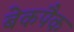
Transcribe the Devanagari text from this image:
बेकपैक